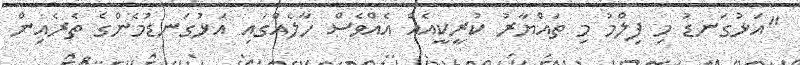
"އަޅުގަނޑު މި ފިލްމު މި ތައްޔާރު ކުރީކީއެއް އެއްވެސް ހާލެއްގައި އަޅުގަނޑުމެންގެ ތެރެއިން